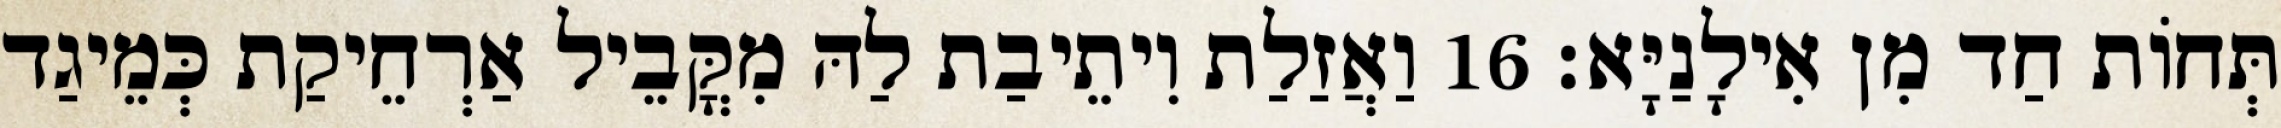
תְּחוֹת חַד מִן אִילָנַיָּא׃ 16 וַאֲזַלַת וִיתֵיבַת לַהּ מִקֳּבֵיל אַרְחֵיקַת כְּמֵיגַד